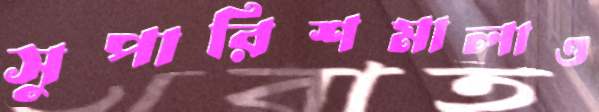
সুপারিশমালাও